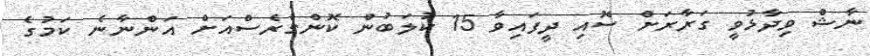
ނާޝް ވިދާޅުވީ ގަރާރަށް ސޮއި ދީފައިވާ 15 ކުލަބުން ކޮންގްރެސްއަށް އަންނާނެ ކަމުގެ